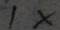
1 x